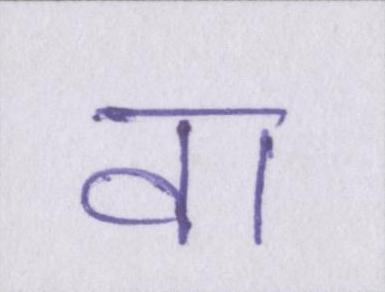
वा